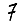
Digit: 7